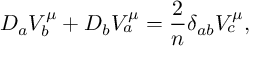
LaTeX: D _ { a } V _ { b } ^ { \mu } + D _ { b } V _ { a } ^ { \mu } = { \frac { 2 } { n } } \delta _ { a b } V _ { c } ^ { \mu } ,